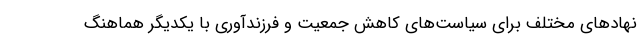
نهادهای مختلف برای سیاست‌های کاهش جمعیت و فرزندآوری با یکدیگر هماهنگ